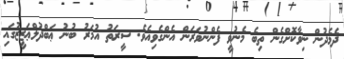
ދެމެދުން ނިވާކޮށްގެން ތިބެ މެނުވީ ފެންނުވަރަން އެންގެވިއެވެ. ސީރަތު އުމަރު ބުނު ޢަބްދުލްޢަޒީޒުގައި